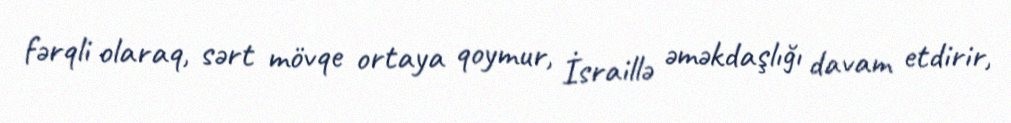
fərqli olaraq, sərt mövqe ortaya qoymur, İsraillə əməkdaşlığı davam etdirir,